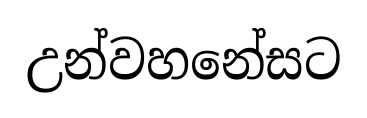
උන්වහනේසට